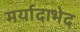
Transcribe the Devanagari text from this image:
मर्यादाभेद